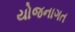
યોજનાગત